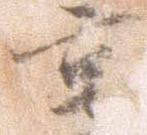
享